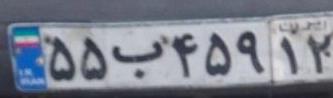
۵۵ب۴۵۹۱۲